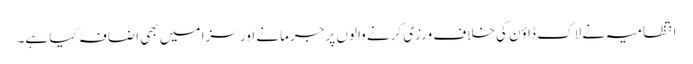
انتظامیہ نے لاک ڈاؤن کی خلاف ورزی کرنے والوں پر جرمانے اور سزا میں بھی اضافہ کیا ہے۔